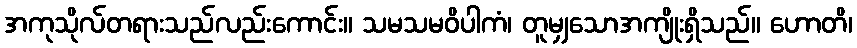
အကုသိုလ်တရားသည်လည်းကောင်း။ သမသမဝိပါကံ၊ တူမျှသောအကျိုးရှိသည်။ ဟောတိ၊